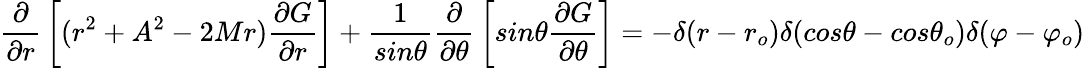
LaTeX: {\frac{\partial}{\partial r}}\left[(r^{2}+A^{2}-2Mr){\frac{\partial G}{\partial r}}\right]+{\frac{1}{sin\theta}}{\frac{\partial}{\partial\theta}}\left[sin\theta{\frac{\partial G}{\partial\theta}}\right]=-\delta(r-r_{o})\delta(cos\theta-cos{\theta}_{o})\delta(\varphi-{\varphi}_{o})